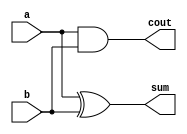
module HalfAdder( a,b, sum, cout);
input a,b;
output sum, cout;
assign sum = a^b;
assign cout= a&&b;
endmodule